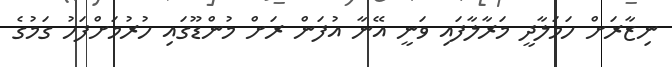
ނިޒާރަށް ހަމަލާދީ މަރާލާފައި ވަނީ އޭނާ އުފަން ރަށް މުންޑޫގައި ހުރުމަށްފަހު ގަމުގެ